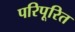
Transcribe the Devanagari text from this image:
परिपूरित